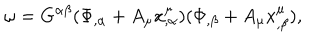
LaTeX: \omega = G ^ { \alpha \beta } ( \Phi _ { , \alpha } + A _ { \mu } x _ { , \alpha } ^ { \mu } ) ( \Phi _ { , \beta } + A _ { \mu } x _ { , \beta } ^ { \mu } ) ,